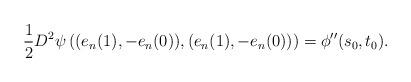
LaTeX: \begin{align*}\frac 1 2 D^2\psi\left((e_n(1),-e_n(0)), (e_n(1),-e_n(0))\right)=\phi''(s_0, t_0). \end{align*}